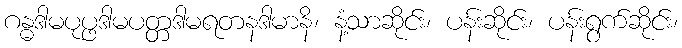
ဂန္ဓဒါမပုပ္ဖဒါမပတ္တဒါမရတနဒါမာနိ၊ နံ့သာဆိုင်း၊ ပန်းဆိုင်း၊ ပန်းရွက်ဆိုင်း၊